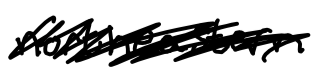
Text: northeastern
Cross-out: scratch
Writing tool: digital_black